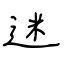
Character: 迷